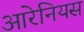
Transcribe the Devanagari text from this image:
आरेनियस